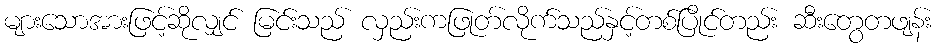
များသောအားဖြင့်ဆိုလျှင် မြင်းသည် လှည်းကဖြုတ်လိုက်သည်နှင့်တစ်ပြိုင်တည်း ဆီးတွေတဖျန်း